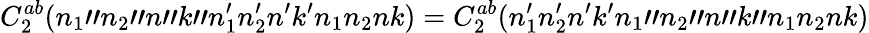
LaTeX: C_{2}^{ab}(n_{1}"n_{2}"n"k"n_{1}^{\prime}n_{2}^{\prime}n^{\prime}k^{\prime}n_{1}n_{2}nk)=C_{2}^{ab}(n_{1}^{\prime}n_{2}^{\prime}n^{\prime}k^{\prime}n_{1}"n_{2}"n"k"n_{1}n_{2}nk)